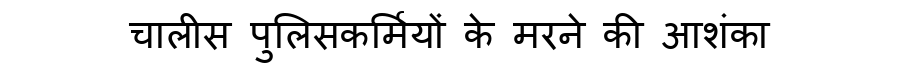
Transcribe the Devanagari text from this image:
चालीस पुलिसकर्मियों के मरने की आशंका